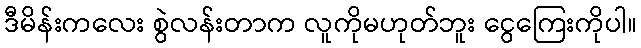
ဒီမိန်းကလေး စွဲလန်းတာက လူကိုမဟုတ်ဘူး ငွေကြေးကိုပါ။